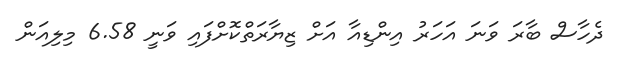
ދެހާސް ބާރަ ވަނަ އަހަރު އިންޑިއާ އަށް ޒިޔާރަތްކޮށްފައި ވަނީ 6.58 މިލިއަން